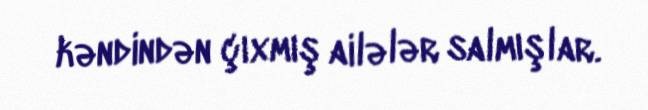
kəndindən çıxmış ailələr salmışlar.